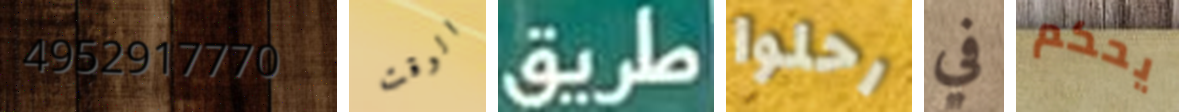
4952917770 الوقت طريق رحلوا في يحكم